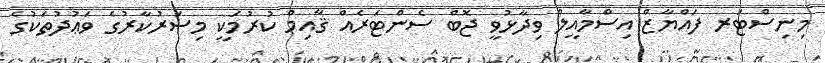
މިނިސްޓަރ ފައްޔާޒް އިސްމާއީލް ވިދާޅުވީ ޖޮބް ސެންޓަރެއް ޤާއިމް ކުރުމަކީ މިސަރުކާރުގެ ވަޢުދުތަކުގެ